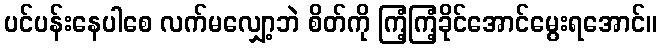
ပင်ပန်းနေပါစေ လက်မလျှော့ဘဲ စိတ်ကို ကြံ့ကြံ့ခိုင်အောင်မွေးရအောင်။